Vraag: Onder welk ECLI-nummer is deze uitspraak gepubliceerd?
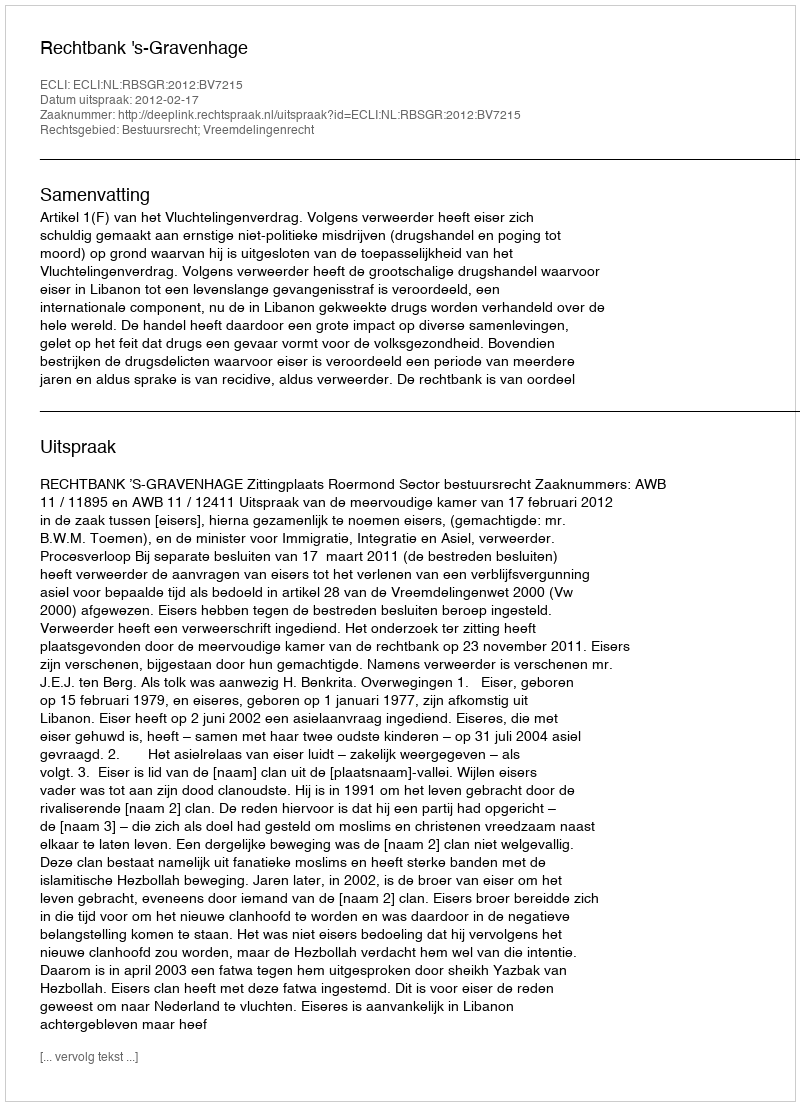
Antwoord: ECLI:NL:RBSGR:2012:BV7215